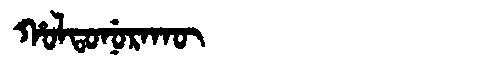
Manchu: ᡥᠣᠯᡨᠣᠨᡠᡵᠠᡴᡡ
Romanization: HOLTONURAKŪ